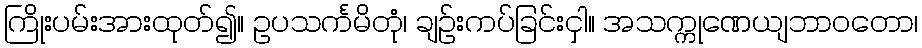
ကြိုးပမ်းအားထုတ်၍။ ဥပသင်္ကမိတုံ၊ ချဉ်းကပ်ခြင်းငှါ။ အသက္ကုဏေယျဘာဝတော၊